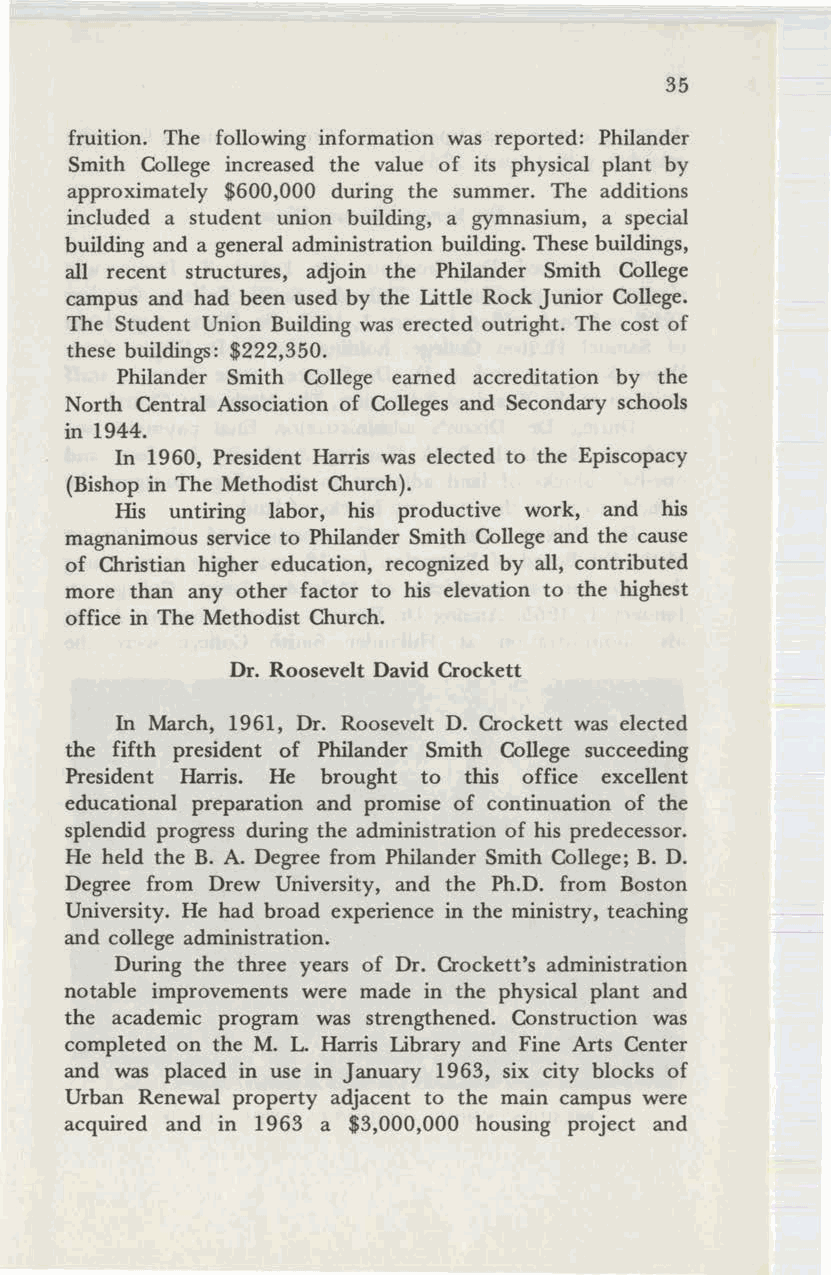
35
 fruition. The following information was reported: Philander
 Smith College increased the value of its physical plant by
 approximately $600,000 during the summer. The additions
 included a student union building, a gymnasium, a special
 building and a general administration building. These buildings,
 all recent structures, adjoin the Philander Smith College
 campus and had been used by the Little Rock Junior College.
 The Student Union Building was erected outright. The cost of
 these buildings: $222,350.
 Philander Smith College earned accreditation by the
 North Central Association of Colleges and Secondary schools
 in 1944.
 In 1960, President Harris was elected to the Episcopacy
 (Bishop in The Methodist Church).
 His untiring labor, his productive work, and his
 magnanimous service to Philander Smith College and the cause
 of Christian higher education, recognized by all, contributed
 more than any other factor to his elevation to the highest
 office in The Methodist Church.
 Dr. Roosevelt David Crockett
 In March, 1961, Dr. Roosevelt D. Crockett was elected
 the fifth president of Philander Smith College succeeding
 President Harris. He brought to this office excellent
 educational preparation and promise of continuation of the
 splendid progress during the administration of his predecessor.
 He held the B. A. Degree from Philander Smith College; B. D.
 Degree from Drew University, and the Ph.D. from Boston
 University. He had broad experience in the ministry, teaching
 and college administration.
 During the three years of Dr. Crockett's administration
 notable improvements were made in the physical plant and
 the academic program was strengthened. Construction was
 completed on the M. L. Harris Library and Fine Arts Center
 and was placed in use in January 1963, six city blocks of
 Urban Renewal property adjacent to the main campus were
 acquired and in 1963 a $3,000,000 housing project and